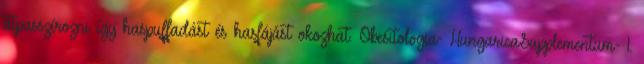
átpasszírozni így haspuffadást és hasfájást okozhat. Obesitologia- HungaricaSupplementum- 1.